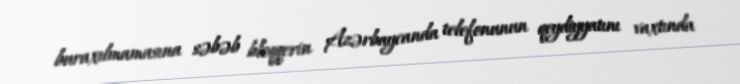
buraxılmamasına səbəb bloqqerin Azərbaycanda telefonunun qeydiyyatını vaxtında